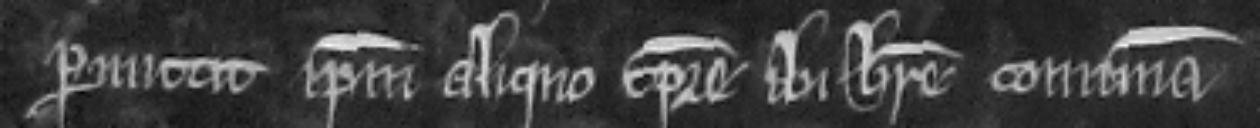
permittit ipsum aliquo tempore ibi habere comunam